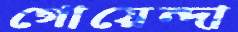
গোয়েন্দা